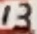
Text: 14